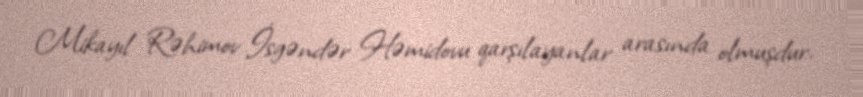
Mikayıl Rəhimov İsgəndər Həmidovu qarşılayanlar arasında olmuşdur.